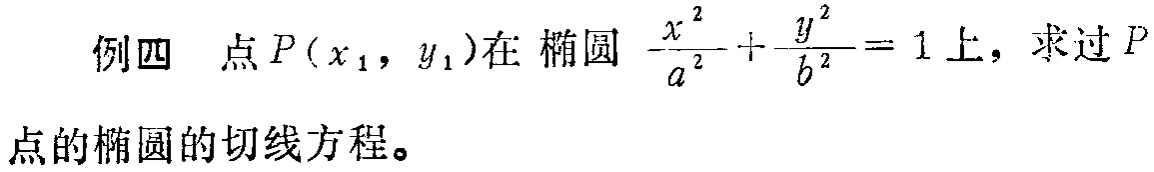
例四 点\(P(x_1, y_1)\)在椭圆\(\frac{x^{2}}{a^{2}}+\frac{y^{2}}{b^{2}} = 1\)上，求过\(P\)点的椭圆的切线方程。